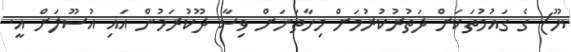
ޔޫ) ގެ ގައުމުތަކަށް ދަތުރުކުރުމަށް މިހާތަނަށް ވިސާ ދޫކުރަމުން އައި އުސޫލަށް އީ.